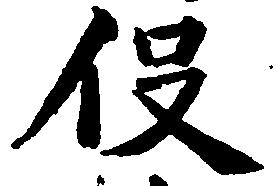
役